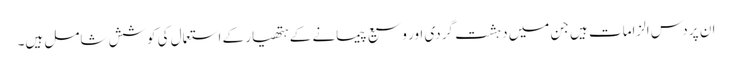
ان پر دس الزامات ہیں جن میں دہشت گردی اور وسیع پیمانے کے ہتھیار کے استعمال کی کوشش شامل ہیں۔